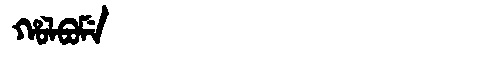
Manchu: ᡥᠣᠯᠪᠣᠮᡝ
Romanization: HOLBOME